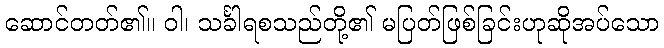
ဆောင်တတ်၏။ ဝါ၊ သင်္ခါရစသည်တို့၏ မပြတ်ဖြစ်ခြင်းဟုဆိုအပ်သော